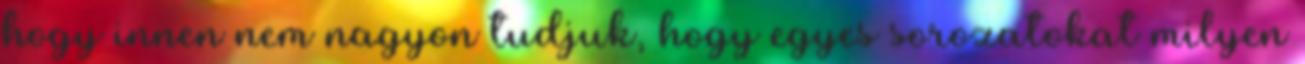
hogy innen nem nagyon tudjuk, hogy egyes sorozatokat milyen